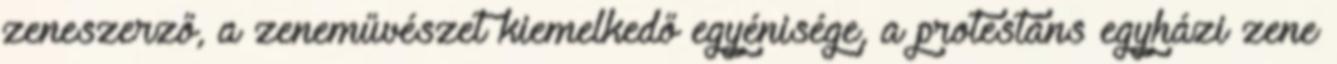
zeneszerző, a zeneművészet kiemelkedő egyénisége, a protestáns egyházi zene